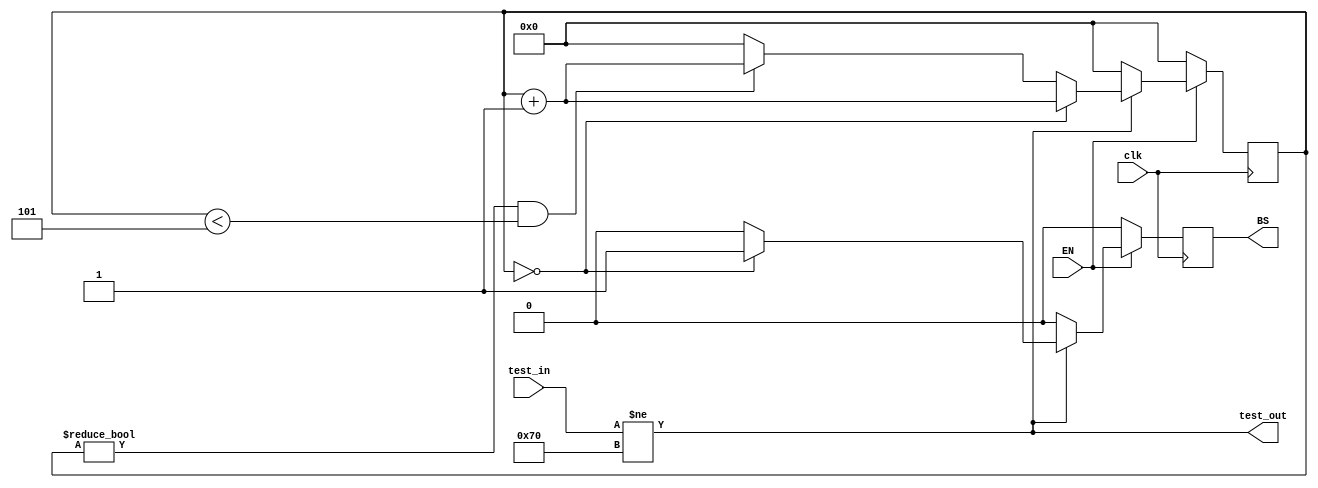
`timescale 1ns / 1ps // <simulation time step> / <simulation time step precision>
//////////////////////////////////////////////////////////////////////////////////
// Module to perform bitslips until a training pattern is obtained. Pair with ISERDESE2 primitive.
//
// Daniel Schussheim
//////////////////////////////////////////////////////////////////////////////////

module BitslipDynamic#(parameter [7:0] training_pattern = 11110000)
    (
    input  wire       clk,
    input  wire       EN,
    input  wire [7:0] test_in,
    output wire       test_out,
    output reg        BS
    );
// Number of clk cycles to wait between successive bitslips.
localparam wait_time = 5;
// Counters to start bitslips.
reg [3:0] step = 4'b0;
// Logic signal is high if bitshift is incorrect.
assign test_out = (test_in != training_pattern);
//  Logic to perform BITSLIP. It adds a 5 clk cycle delay between successive bit-slips.
always @(posedge clk) begin
    if (EN) begin  
        if (test_out) begin
            if (step == 4'b0) begin
                BS <= 1'b1;
                step <= step + 4'b1;
            end
            else if (step != 4'b0 && step < wait_time) begin
                BS <= 1'b0;
                step <= step + 4'b1;
            end
            else begin
                BS <= 1'b0;
                step <= 4'b0;
            end
        end
        else begin
            BS <= 1'b0;
            step <= 4'b0;
        end
    end
    else begin
        BS <= 1'b0;
        step <= 4'b0000;
    end
end

endmodule